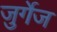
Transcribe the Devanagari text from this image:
जुर्गेज